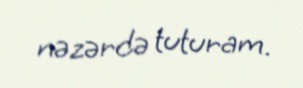
nəzərdə tuturam.